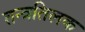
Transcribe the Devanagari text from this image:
तन्त्रतिलक